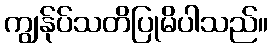
ကျွန်ုပ်သတိပြုမိပါသည်။